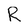
Character: R